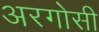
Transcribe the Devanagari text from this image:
अरगोसी